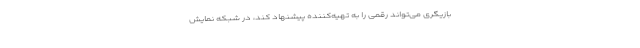
بازیگری می‌تواند رقمی را به تهیه‌کننده پیشنهاد کند، در شبکه نمایش